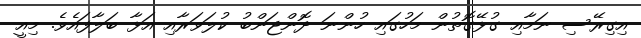
އިގިރޭސި ނަމާއި ގުޅޭގޮތުން މަހުގައި ހުންނަ ދޮންޖަންބު ކުލަވަރާއި އަޅާ ބަލާފައެވެ. މިއީ